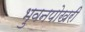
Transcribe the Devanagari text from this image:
भुवनपोखरी